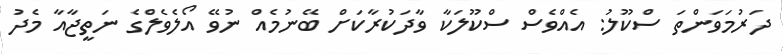
ދަރުމަވަންތަ ސްކޫލު: އެއްވެސް ސްކޫލަކާ ވާދަކުރާކަށް ބޭނުމެއް ނުވޭ އޯލެވެލްގެ ނަތީޖާއާ މެދު